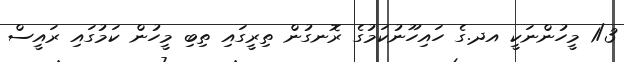
1/3 މީހުންނަކީ އދ.ގެ ހައިހޫނުކަމުގެ ރޮނގުން ތިރީގައި ތިބި މީހުން ކަމުގައި ރައީސް